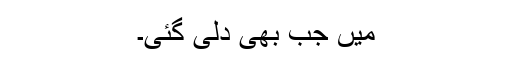
میں جب بھی دلی گئی۔